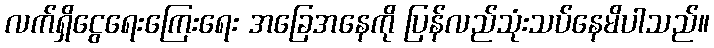
လက်ရှိငွေရေးကြေးရေး အခြေအနေကို ပြန်လည်သုံးသပ်နေမိပါသည်။